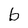
Character: b